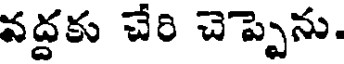
వద్దకు చేరి చెప్పెను.